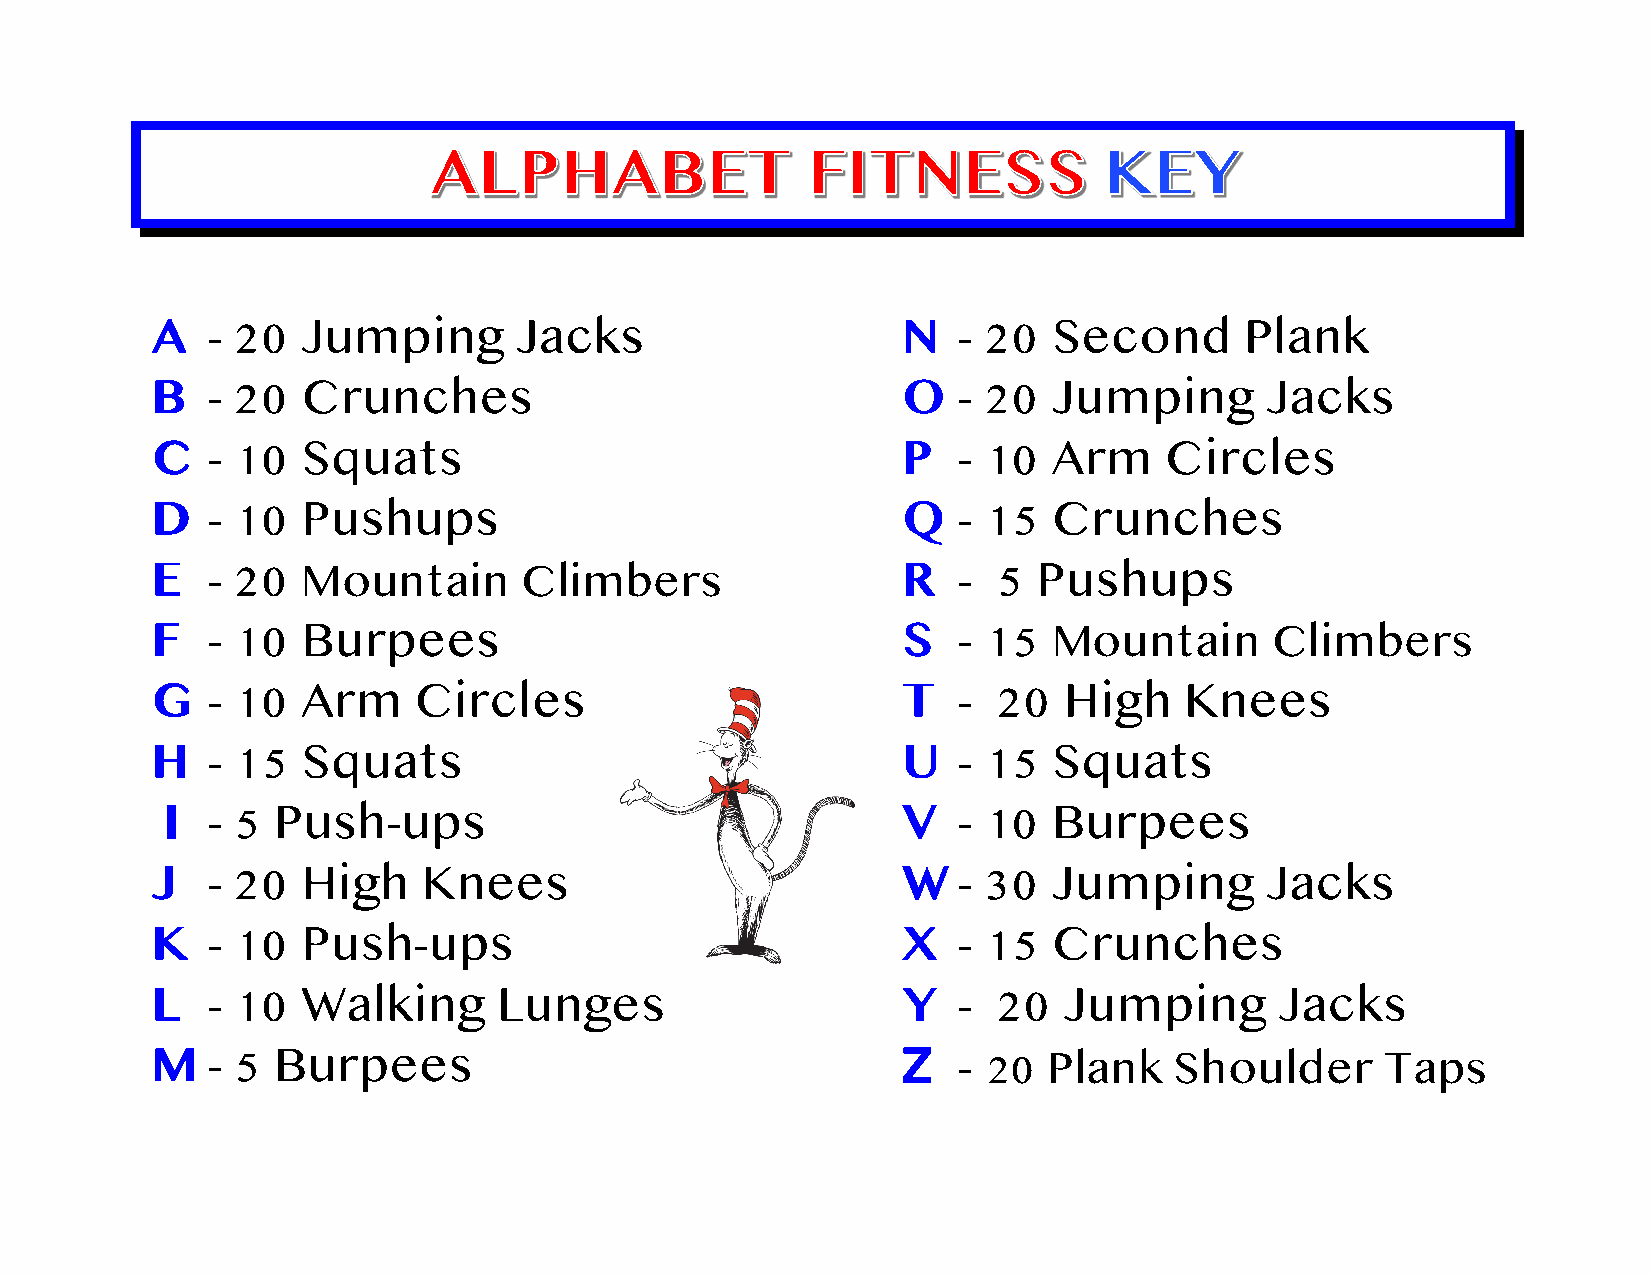
A   - 20  Jumping       Jacks                     N  - 20   Second      Plank
 B   - 20  Crunches                                O  - 20   Jumping       Jacks
 C   - 10  Squats                                  P  - 10   Arm    Circles
 D   - 10  Pushups                                 Q  - 15   Crunches
 E   - 20  Mountain      Climbers                  R  -  5  Pushups
 F   - 10  Burpees                                 S  - 15   Mountain      Climbers
 G   - 10  Arm    Circles                          T  -  20  High    Knees
 H   - 15  Squats                                  U  - 15   Squats
 I  - 5 Push-ups                                  V  - 10   Burpees
 J   - 20  High    Knees                           W  - 30   Jumping       Jacks
 K   - 10  Push-ups                                X  - 15   Crunches
 L   - 10  Walking      Lunges                     Y  -  20  Jumping        Jacks
 M   - 5 Burpees                                   Z  - 20  Plank    Shoulder      Taps